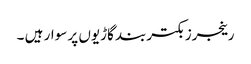
رینجرز بکتربند گاڑیوں پر سوار ہیں ۔